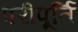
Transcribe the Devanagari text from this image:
परीपूर्ति